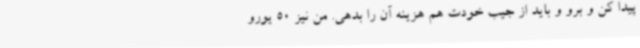
پیدا کن و برو و باید از جیب خودت هم هزینه آن را بدهی. من نیز 50 یورو